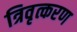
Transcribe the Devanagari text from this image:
त्रिवृत्करण